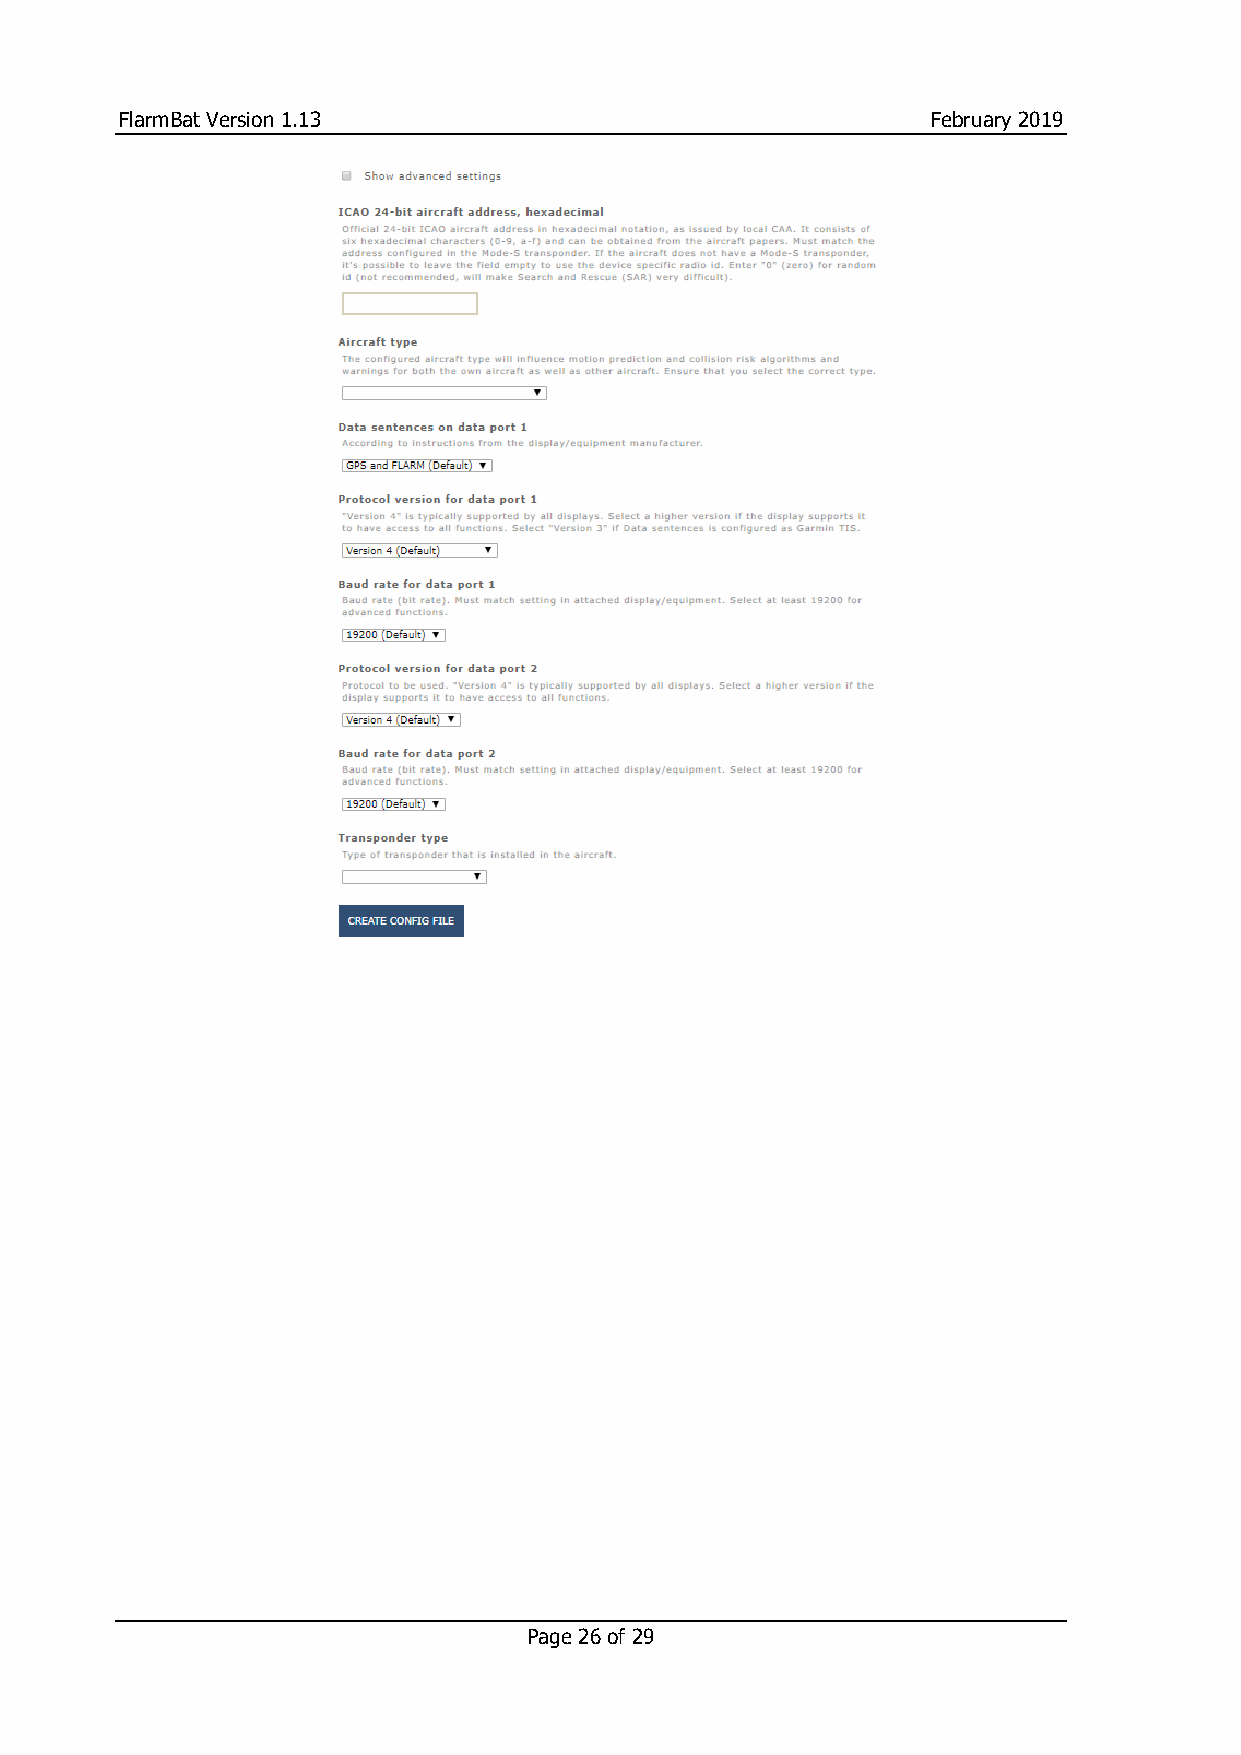
FlarmBat Version 1.13                                 February 2019
 Page 26 of 29